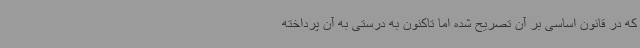
که در قانون اساسی بر آن تصریح شده اما تاکنون به درستی به آن پرداخته